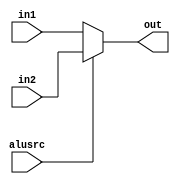
module reg_mux_alu(in1,in2,alusrc,out);

input alusrc;
input [0:31] in1;
input [0:31] in2;
output [0:31] out;

assign out = alusrc == 0? in1:
	alusrc == 1? in2 : 0;

endmodule